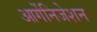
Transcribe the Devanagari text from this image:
आर्गेनिजेशन